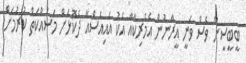
ބީބީސީން ވެސް ވަނީ އީރާނުން އެމެރިކާއާ އެކު އައިއެސްއާ ދެކޮޅަށް މަސައްކަތް ކުރުމަށް